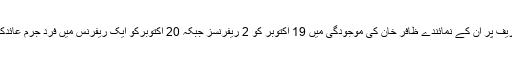
نواز شریف پر ان کے نمائندے ظافر خان کی موجودگی میں 19 اکتوبر کو 2 ریفرنسز جبکہ 20 اکتوبرکو ایک ریفرنس میں فرد جرم عائدکی گئی۔